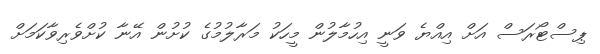
ޕިސްޓޯރަސް އަށް އިއްޔެ ވަނީ އިހުމާލުން މީހަކު މަރާލުމުގެ ކުށުން އޭނާ ކުށްވެރިވާކަމަށް